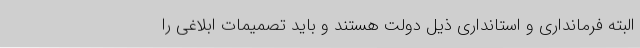
البته فرمانداری و استانداری ذیل دولت هستند و باید تصمیمات ابلاغی را